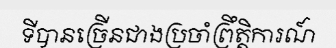
ទីបានច្រើនជាងប្រចាំព្រឹត្តិការណ៍